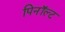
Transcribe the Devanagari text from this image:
पिनॉल्ट